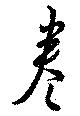
巻